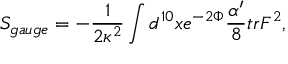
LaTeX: S _ { g a u g e } = - \frac { 1 } { 2 \kappa ^ { 2 } } \int d ^ { 1 0 } x e ^ { - 2 \Phi } \frac { \alpha ^ { \prime } } { 8 } t r F ^ { 2 } ,